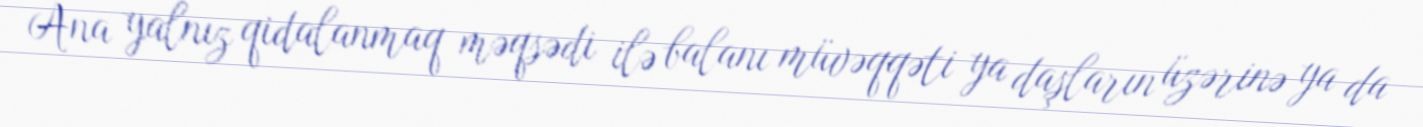
Ana yalnız qidalanmaq məqsədi ilə balanı müvəqqəti ya daşların üzərinə ya da